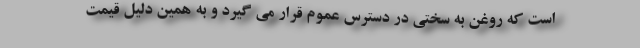
است که روغن به سختی در دسترس عموم قرار می گیرد و به همین دلیل قیمت